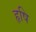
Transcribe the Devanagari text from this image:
हृषि